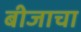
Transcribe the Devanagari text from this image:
बीजाचा